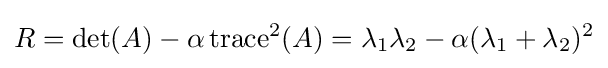
R=\det(A)-\alpha \operatorname {trace} ^{2}(A)=\lambda _{1}\lambda _{2}-\alpha (\lambda _{1}+\lambda _{2})^{2}